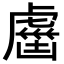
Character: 𧇏